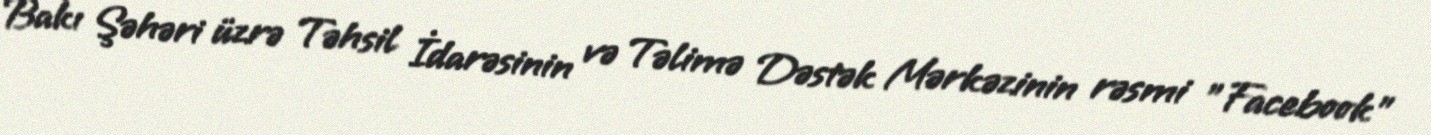
Bakı Şəhəri üzrə Təhsil İdarəsinin və Təlimə Dəstək Mərkəzinin rəsmi "Facebook"